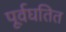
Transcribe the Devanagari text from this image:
पूर्वघतित